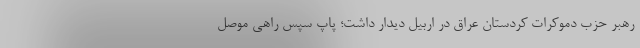
رهبر حزب دموکرات کردستان عراق در اربیل دیدار داشت؛ پاپ سپس راهی موصل